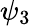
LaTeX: \psi_{3}